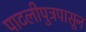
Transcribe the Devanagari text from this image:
पाटलीपुत्रपासून